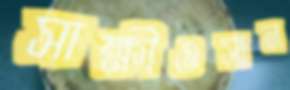
সাক্ষীওসান